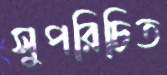
সুপরিচিত